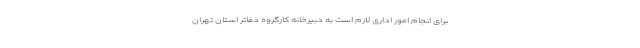
برای انجام امور اداری لازم است به دبیرخانه کارگروه دفاتر استان تهران